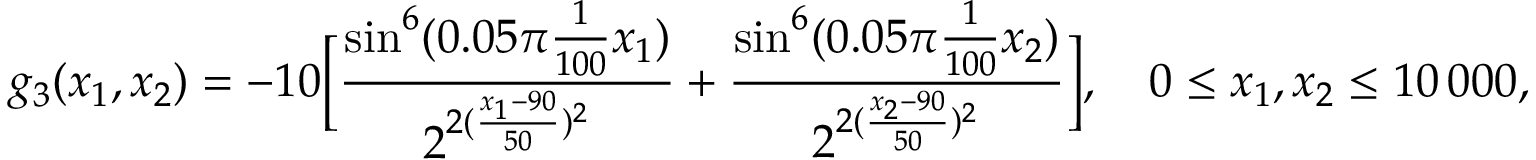
g _ { 3 } ( x _ { 1 } , x _ { 2 } ) = - 1 0 \bigg [ \frac { \sin ^ { 6 } ( 0 . 0 5 \pi \frac { 1 } { 1 0 0 } x _ { 1 } ) } { 2 ^ { 2 ( \frac { x _ { 1 } - 9 0 } { 5 0 } ) ^ { 2 } } } + \frac { \sin ^ { 6 } ( 0 . 0 5 \pi \frac { 1 } { 1 0 0 } x _ { 2 } ) } { 2 ^ { 2 ( \frac { x _ { 2 } - 9 0 } { 5 0 } ) ^ { 2 } } } \bigg ] , \quad 0 \leq x _ { 1 } , x _ { 2 } \leq 1 0 \, 0 0 0 ,